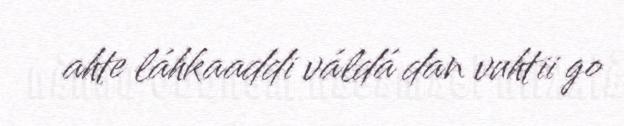
ahte láhkaaddi váldá dan vuhtii go